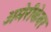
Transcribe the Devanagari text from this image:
अमेरीकेवर